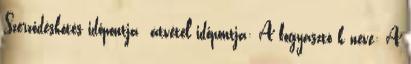
Szerződéskötés időpontja átvétel időpontja: A fogyasztó k neve: A